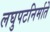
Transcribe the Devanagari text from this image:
लघुपटनिर्माते